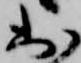
出